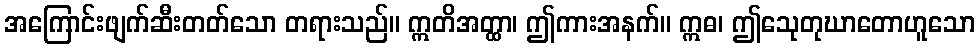
အကြောင်းဖျက်ဆီးတတ်သော တရားသည်။ ဣတိအတ္ထာ၊ ဤကားအနက်။ ဣဓ၊ ဤသေုတုဃာတောဟူသော